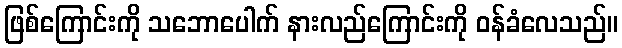
ဖြစ်ကြောင်းကို သဘောပေါက် နားလည်ကြောင်းကို ဝန်ခံလေသည်။